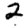
Digit: 2